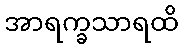
အာရက္ခသာရထိ